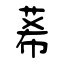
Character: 莃